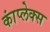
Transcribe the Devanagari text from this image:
कांप्लेक्स